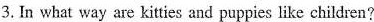
3. In what way are kitties and puppies like children?